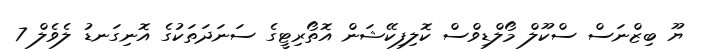
ޔޫ ބިޒްނަސް ސްކޫލް މޯލްޑިވްސް ކޮލިފިކޭޝަން އޮތޯރިޓީގެ ސަނަދަތަކުގެ އޮނިގަނޑު ލެވެލް 7